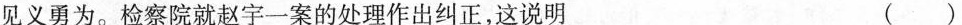
见义勇为。检察院就赵宇一案的处理作出纠正，这说明 ()